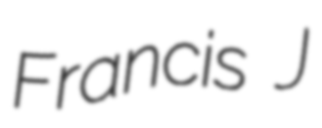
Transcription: Francis J